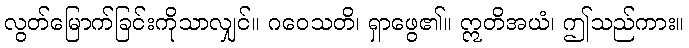
လွတ်မြောက်ခြင်းကိုသာလျှင်။ ဂဝေသတိ၊ ရှာဖွေ၏။ ဣတိအယံ၊ ဤသည်ကား။